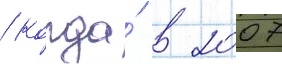
/ когда́ в 2007